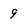
Character: 9